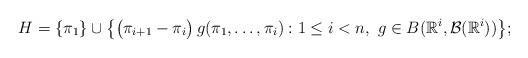
LaTeX: \begin{gather*}H=\{\pi_1\}\cup\bigl\{\bigl(\pi_{i+1}-\pi_i\bigr)\,g(\pi_1,\ldots,\pi_i):1\le i<n,\,\,g\in B(\mathbb{R}^i,\mathcal{B}(\mathbb{R}^i))\bigr\};\end{gather*}